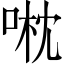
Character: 𠶍